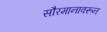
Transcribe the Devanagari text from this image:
सौरमानावरून